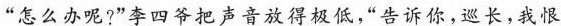
“怎么办呢?”李四各把声音放得极低，“告诉你，巡长，我恨